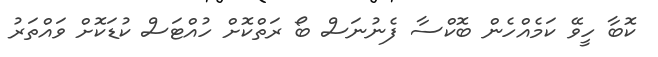
ކޮބާ ހީވޭ ކަމެއްހެން ބޮކްސާ ފެނުނަސް ބޯ ރަތްކޮށް ހުއްޓަސް ކުޑަކޮށް ވައްތަރު